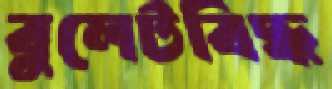
বুলেটবিদ্ধ